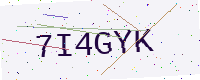
Text: 7I4GYK